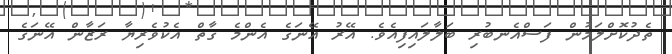
ތެދުކޮށްލަމުން ފަސްއެނބުރި ބަލާލައިފިއެވެ. އޭރު އޭނަގެ އެންމެ ގާތް އެކުވެރިޔާ ރަޒާން އޭނަގެ